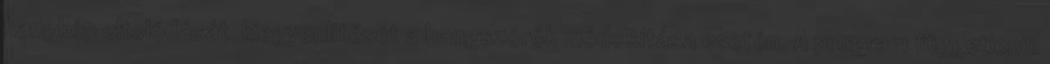
hangkép eltolódását kiegyenlítését a hangszórók módosítása esetén. A program függetlenül